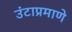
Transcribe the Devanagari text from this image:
उंटाप्रमाणे